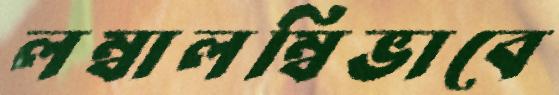
লম্বালম্বিভাবে